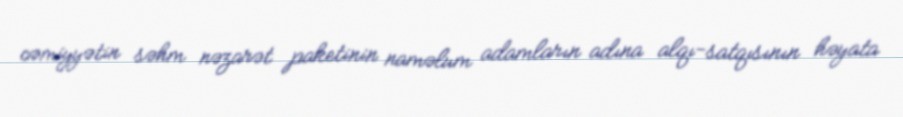
cəmiyyətin səhm nəzarət paketinin naməlum adamların adına alqı-satqısının həyata